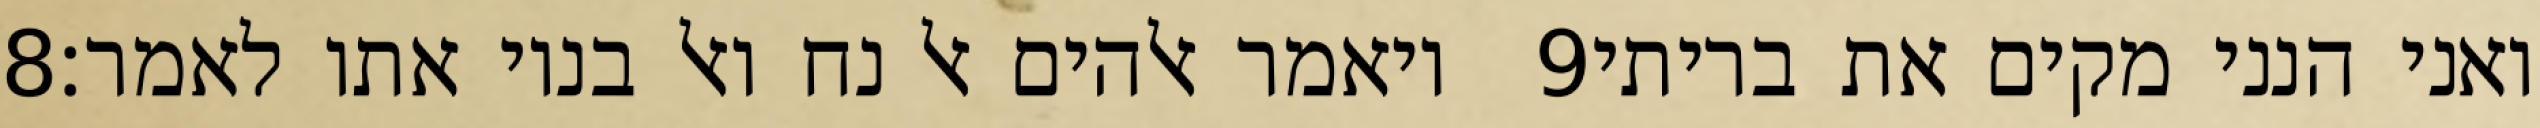
‎8‏ ויאמר אלהים אל נח ואל בניו אתו לאמר׃ ‎9‏ ואני הנני מקים את בריתי